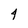
Character: 4